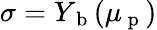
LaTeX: \sigma=Y_{\mathrm{~b~}}(\mu_{\mathrm{~p~}})